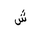
Letter: _shin